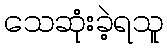
သေဆုံးခဲ့ရသူ